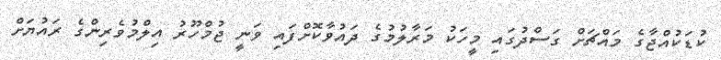
ކުޑަކުއްޖާގެ މައްޗަށް ގަސްދުގައި މީހަކު މަރާލުމުގެ ދައުވާކޮށްފައި ވަނީ ޖުމްހޫރު އިލްމުވެރިންގެ ރައުޔަށް